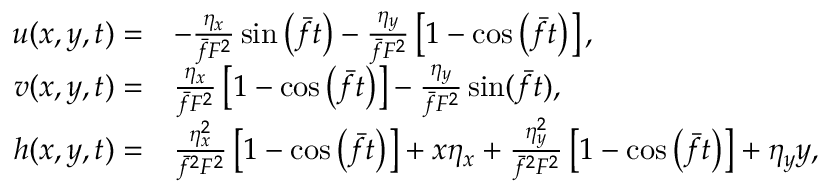
\begin{array} { r l } { u ( x , y , t ) = } & { - \frac { \eta _ { x } } { \bar { f } F ^ { 2 } } \sin \left( \bar { f } t \right) - \frac { \eta _ { y } } { \bar { f } F ^ { 2 } } \left[ 1 - \cos \left( \bar { f } t \right) \right] , } \\ { v ( x , y , t ) = } & { \frac { \eta _ { x } } { \bar { f } F ^ { 2 } } \left[ 1 - \cos \left( \bar { f } t \right) \right] - \frac { \eta _ { y } } { \bar { f } F ^ { 2 } } \sin ( \bar { f } t ) , } \\ { h ( x , y , t ) = } & { \frac { \eta _ { x } ^ { 2 } } { \bar { f } ^ { 2 } F ^ { 2 } } \left[ 1 - \cos \left( \bar { f } t \right) \right] + x \eta _ { x } + \frac { \eta _ { y } ^ { 2 } } { \bar { f } ^ { 2 } F ^ { 2 } } \left[ 1 - \cos \left( \bar { f } t \right) \right] + \eta _ { y } y , } \end{array}